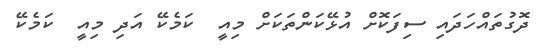
ދޮގުތައްހަދައި ސިފަކޮށް އުޅޭކަންތަކަށް މިއީ  ކަމެކޭ އަދި މިއީ  ކަމެކޭ